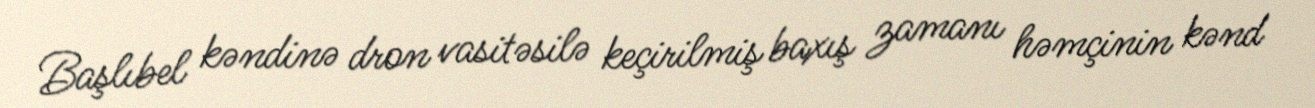
Başlıbel kəndinə dron vasitəsilə keçirilmiş baxış zamanı həmçinin kənd